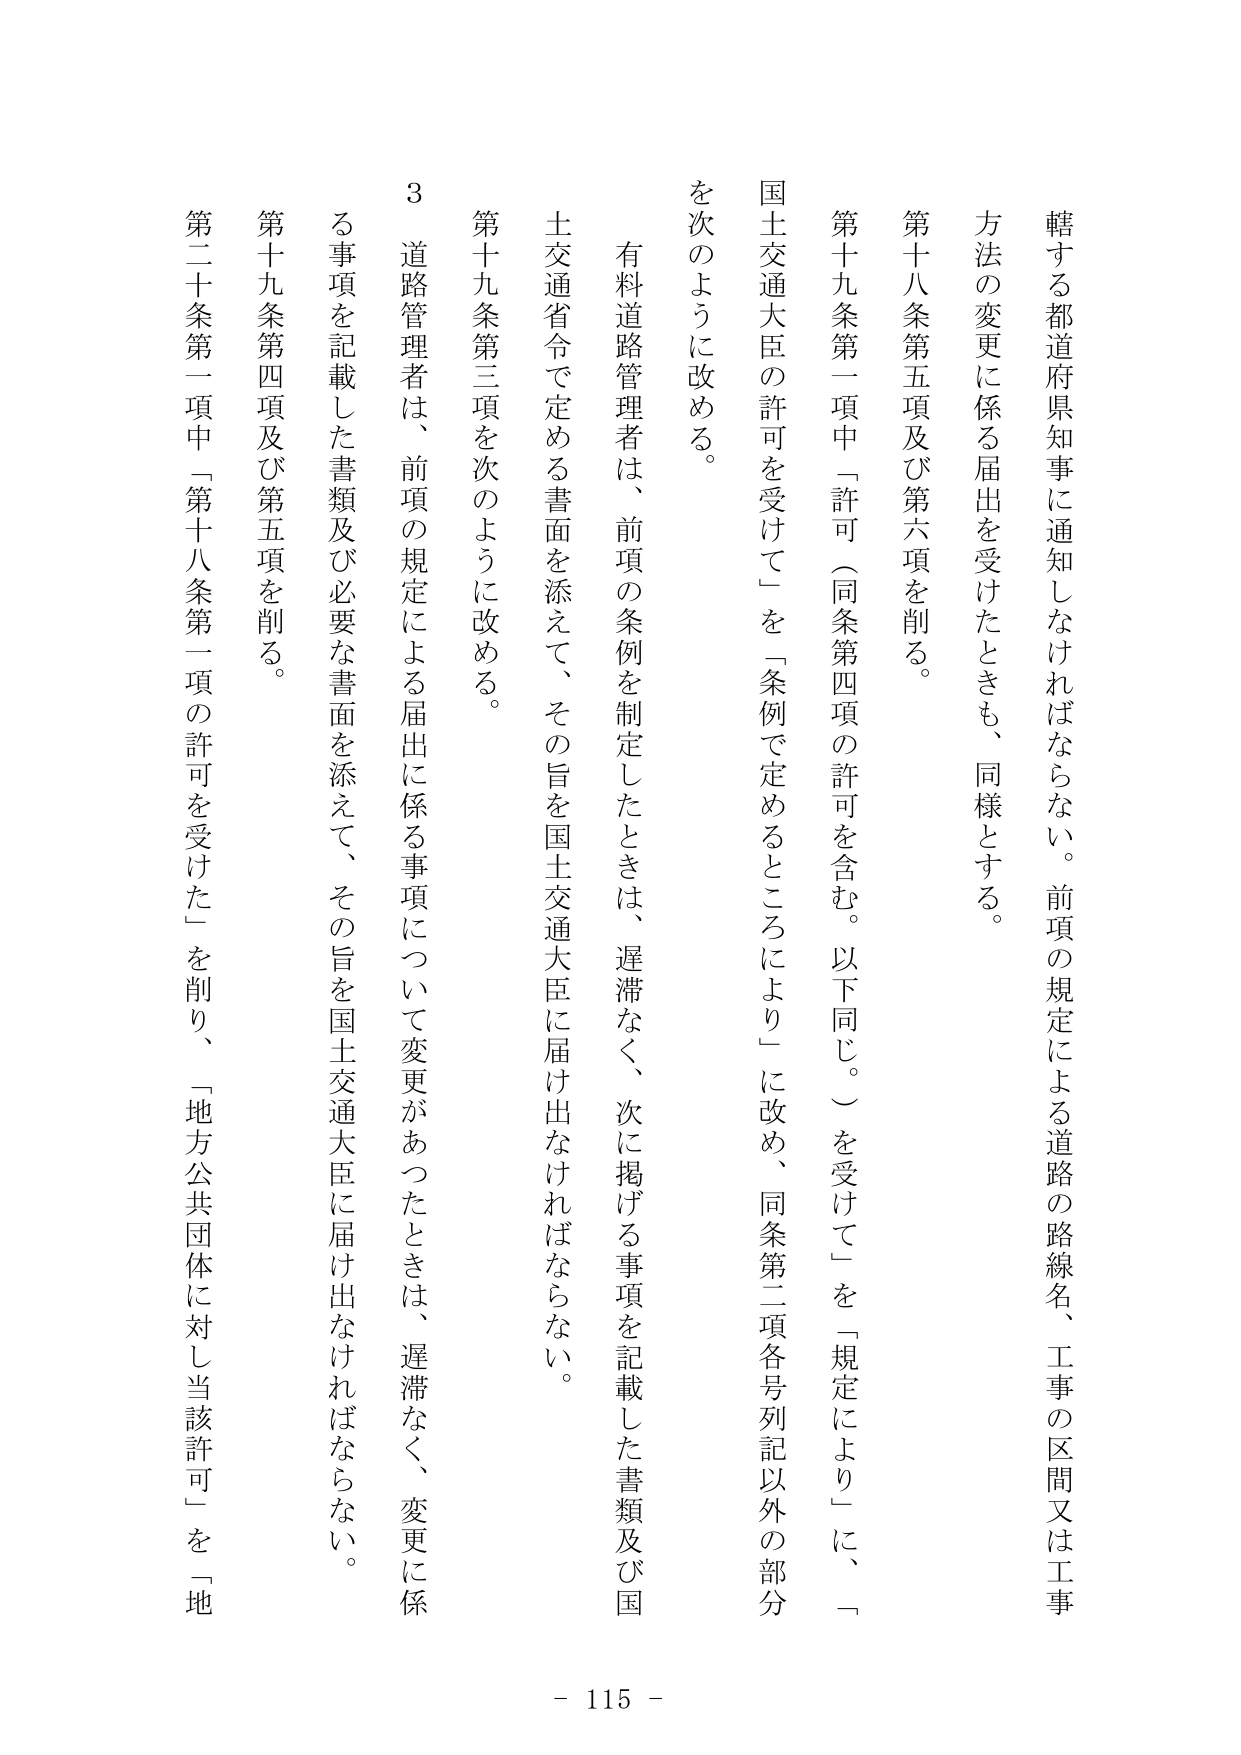
轄する都道府県知事に通知しなければならない。前項の規定による道路の路線名、工事の区間又は工事方法の変更に係る届出を受けたときも、同様とする。

第十八条第五項及び第六項を削る。

第十九条第一項中「許可（同条第四項の許可を含む。以下同じ。）を受けて」を「規定により」に、「国土交通大臣の許可を受けて」を「条例で定めるところにより」に改め、同条第二項各号列記以外の部分を次のように改める。

有料道路管理者は、前項の条例を制定したときは、遅滞なく、次に掲げる事項を記載した書類及び国土交通省令で定める書面を添えて、その旨を国土交通大臣に届け出なければならない。

第十九条第三項を次のように改める。

３ 道路管理者は、前項の規定による届出に係る事項について変更があったときは、遅滞なく、変更に係る事項を記載した書類及び必要な書面を添えて、その旨を国土交通大臣に届け出なければならない。

第十九条第四項及び第五項を削る。

第二十条第一項中「第十八条第一項の許可を受けた」を削り、「地方公共団体に対し当該許可」を「地

- 115 -